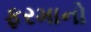
ફરમાનો